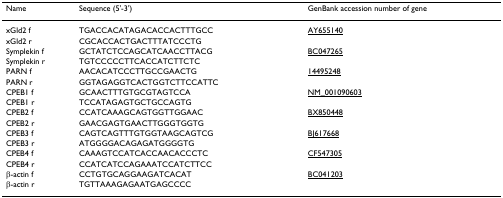
<table><thead><tr><td><b>Name</b></td><td><b>Sequence (5&#x27;-3&#x27;)</b></td><td><b>GenBank accession number of gene</b></td></tr></thead><tbody><tr><td>xGld2 f</td><td>TGACCACATAGACACCACTTTGCC</td><td>AY655140</td></tr><tr><td>xGld2 r</td><td>CGCACCACTGACTTTATCCCTG</td><td></td></tr><tr><td>Symplekin f</td><td>GCTATCTCCAGCATCAACCTTACG</td><td>BC047265</td></tr><tr><td>Symplekin r</td><td>TGTCCCCCTTCACCATCTTCTC</td><td></td></tr><tr><td>PARN f</td><td>AACACATCCCTTGCCGAACTG</td><td>14495248</td></tr><tr><td>PARN r</td><td>GGTAGAGGTCACTGGTCTTCCATTC</td><td></td></tr><tr><td>CPEB1 f</td><td>GCAACTTTGTGCGTAGTCCA</td><td>NM_001090603</td></tr><tr><td>CPEB1 r</td><td>TCCATAGAGTGCTGCCAGTG</td><td></td></tr><tr><td>CPEB2 f</td><td>CCATCAAAGCAGTGGTTGGAAC</td><td>BX850448</td></tr><tr><td>CPEB2 r</td><td>GAACGAGTGAACTTGGGTGGTG</td><td></td></tr><tr><td>CPEB3 f</td><td>CAGTCAGTTTGTGGTAAGCAGTCG</td><td>BJ617668</td></tr><tr><td>CPEB3 r</td><td>ATGGGGACAGAGATGGGGTG</td><td></td></tr><tr><td>CPEB4 f</td><td>CAAAGTCCATCACCAACACCCTC</td><td>CF547305</td></tr><tr><td>CPEB4 r</td><td>CCATCATCCAGAAATCCATCTTCC</td><td></td></tr><tr><td>β-actin f</td><td>CCTGTGCAGGAAGATCACAT</td><td>BC041203</td></tr><tr><td>β-actin r</td><td>TGTTAAAGAGAATGAGCCCC</td><td></td></tr></tbody></table>